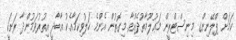
ކަމަށް ޕްލޭނިންގ މިނިސްޓްރީން މަޢުލޫމާތުދެއްވާ. މިގޮތުން އެންމެ ހަލުވިކަމާއެކު އާބާދީ އިތުރުވަމުންދާ ރަށަކީ